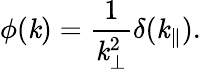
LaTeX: \phi(\mathit{k})=\frac{{1}}{{\mathit{k}_{\bot}^{2}}}\delta(\mathit{k}_{\parallel}).